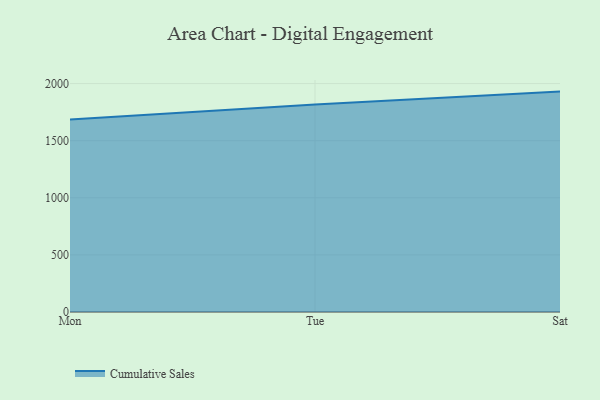
{"axis": {"x": "Day", "y": "Gross Profit (USD K)"}, "legend": ["Cumulative Sales"], "data": [{"x": "Mon", "y": 1684.6, "type": "Cumulative Sales"}, {"x": "Tue", "y": 1817.4, "type": "Cumulative Sales"}, {"x": "Sat", "y": 1929.6, "type": "Cumulative Sales"}]}